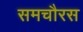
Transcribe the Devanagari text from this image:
समचौरस